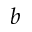
\boldsymbol { b }